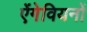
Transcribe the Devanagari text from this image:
ऐंगेवियनों